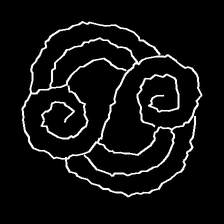
Glyph: wind-underfoot